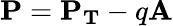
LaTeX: \mathbf{P}=\mathbf{P_{T}}-q\mathbf{A}